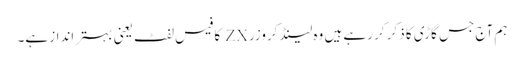
ہم آج جس گاڑی کا ذکر کر رہے ہیں وہ لینڈ کروزر ZX کا فیس لفٹ یعنی بہتر انداز ہے۔